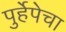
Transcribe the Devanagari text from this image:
पुर्हेपेचा